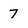
Character: 7